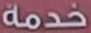
خدمة